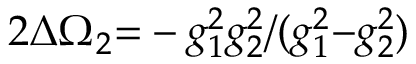
2 \Delta \Omega _ { 2 } { = } - g _ { 1 } ^ { 2 } g _ { 2 } ^ { 2 } / ( g _ { 1 } ^ { 2 } { - } g _ { 2 } ^ { 2 } )